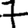
Digit: 7